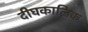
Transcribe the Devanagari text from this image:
दीघकालिक